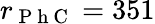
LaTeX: r_{\mathrm{~P~h~C~}}=351